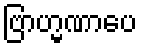
ဗြာဟ္မဏာပေ